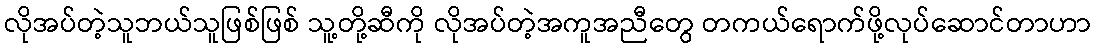
လိုအပ်တဲ့သူဘယ်သူဖြစ်ဖြစ် သူ့တို့ဆီကို လိုအပ်တဲ့အကူအညီတွေ တကယ်ရောက်ဖို့လုပ်ဆောင်တာဟာ